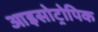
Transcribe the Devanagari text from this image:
आइसोट्रोपिक